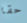
حقا